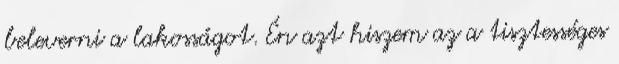
beleverni a lakosságot. Én azt hiszem az a tisztességes